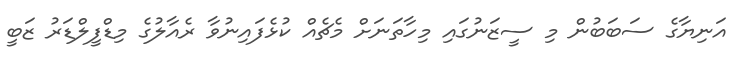
އަނިޔާގެ ސަބަބުން މި ސީޒަނުގައި މިހާތަނަށް މެޗެއް ކުޅެފައިނުވާ ރެއާލުގެ މިޑްފީލްޑަރު ޒަބީ